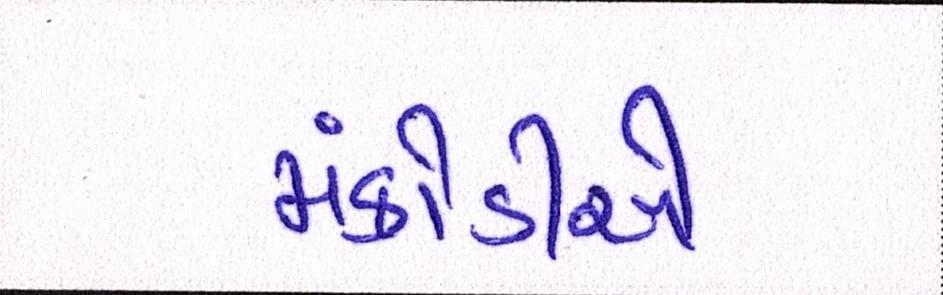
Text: મંકોડીએ